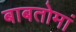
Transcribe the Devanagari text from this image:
बाबतोमां